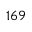
^ { 1 6 9 }